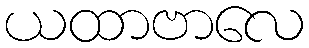
ယထာဗာလေ